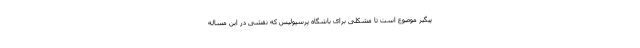
پیگیر موضوع است تا مشکلی برای باشگاه پرسپولیس که نقشی در این مساله